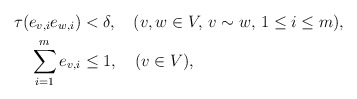
\begin{align*}\tau(e_{v,i}e_{w,i})&<\delta,\quad(v,w\in V,\,v\sim w,\,1\le i\le m), \\\sum_{i=1}^me_{v,i}&\le 1,\quad(v\in V),\end{align*}